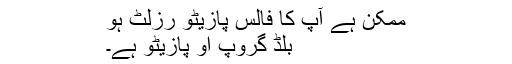
ممکن ہے آپ کا فالس پازیٹو رزلٹ ہو
بلڈ گروپ او پازیٹو ہے۔